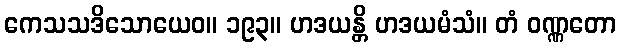
ကေသသဒိသောယေဝ။ ၁၉၃။ ဟဒယန္တိ ဟဒယမံသံ။ တံ ဝဏ္ဏတော